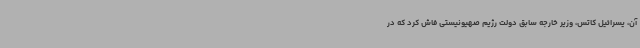
آن، یسرائیل کاتس، وزیر خارجه سابق دولت رژیم صهیونیستی فاش کرد که در